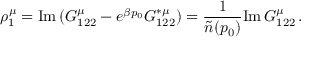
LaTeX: \rho _ { 1 } ^ { \mu } = \mathrm { I m \, } ( G _ { 1 2 2 } ^ { \mu } - e ^ { \beta p _ { 0 } } G _ { 1 2 2 } ^ { * \mu } ) = { \frac { 1 } { \tilde { n } ( p _ { 0 } ) } } \mathrm { I m \, } G _ { 1 2 2 } ^ { \mu } \, .